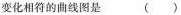
变化相符的曲线图是 ( )